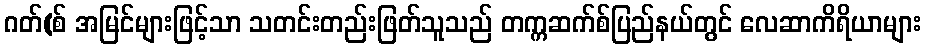
ဂတ်(စ် အမြင်များဖြင့်သာ သတင်းတည်းဖြတ်သူသည် တက္ကဆက်စ်ပြည်နယ်တွင် လေဆာကိရိယာများ